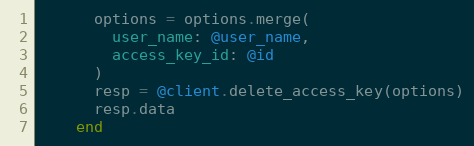
Language: Ruby
      options = options.merge(
        user_name: @user_name,
        access_key_id: @id
      )
      resp = @client.delete_access_key(options)
      resp.data
    end